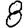
Digit: 8